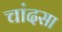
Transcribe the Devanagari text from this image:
चांदसा